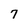
Character: 7